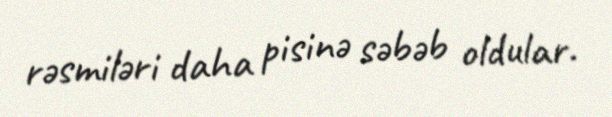
rəsmiləri daha pisinə səbəb oldular.